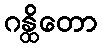
ဂန္ထိတော